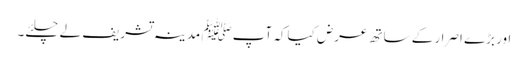
اور بڑے اصرار کے ساتھ عرض کیاکہ آپﷺ مدینہ تشریف لے چلئے۔